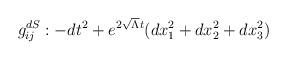
LaTeX: \begin{align*}g_{ij}^{dS} : -dt^{2}+e^{2\sqrt{\Lambda } t}(dx_{1}^{2}+dx_{2}^{2}+dx_{3}^{2})\end{align*}